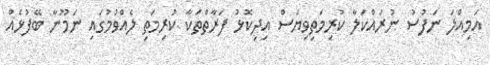
އަމިއްލަ ނަފުސު ނުރައްކަލާ ކުރިމަތިވިޔަސް އިދިކޮޅު ފަރާތްތަކާ ކުރިމަތި ލެއްވުމުގައި ނަމޫނާ ބޭފުޅެއް